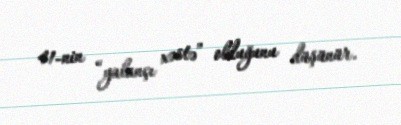
41-nin “yalançı xəstə” olduğunu düşünür.